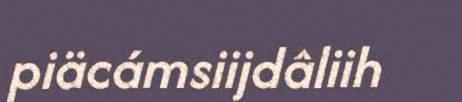
piäcámsiijdâliih